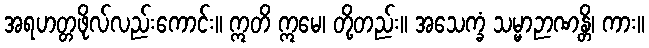
အရဟတ္တဖိုလ်လည်းကောင်း။ ဣတိ ဣမေ၊ တို့တည်း။ အသေက္ခံ သမ္မာဉာဏန္တိ၊ ကား။